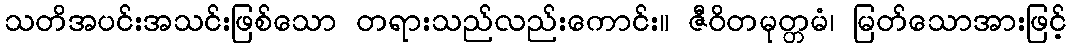
သတိအပင်းအသင်းဖြစ်သော တရားသည်လည်းကောင်း။ ဇီဝိတမုတ္တမံ၊ မြတ်သောအားဖြင့်